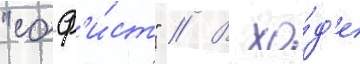
"соф'и́ст" // В хо́д'е